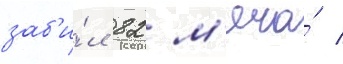
заб'и́л 82 м'яча́ /